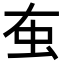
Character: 𧈠